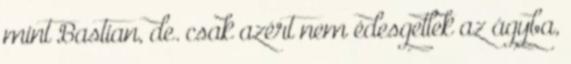
mint Bastian, de. csak azért nem édesgetlek az ágyba,